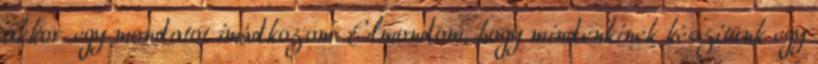
akkor egy mondatot imádkozom. Elmondom, hogy mindenkinek készítünk egy